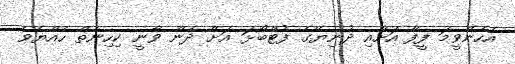
އެހެންވީމަ ފީފާ އަށާއި ދުނިޔޭގެ ފުޓްބޯޅަ އަށް ދެން ވާނީ ކިހިނެތް ހެއްޔެވެ